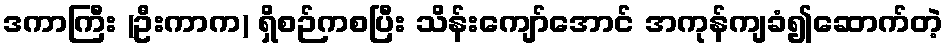
ဒကာကြီး (ဦးကာက) ရှိစဉ်ကစပြီး သိန်းကျော်အောင် အကုန်ကျခံ၍ဆောက်တဲ့